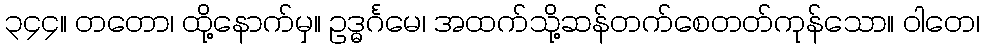
၃၄၄။ တတော၊ ထို့နောက်မှ။ ဥဒ္ဓင်္ဂမေ၊ အထက်သို့ဆန်တက်စေတတ်ကုန်သော။ ဝါတေ၊